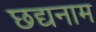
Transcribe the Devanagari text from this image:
छद्यनाम